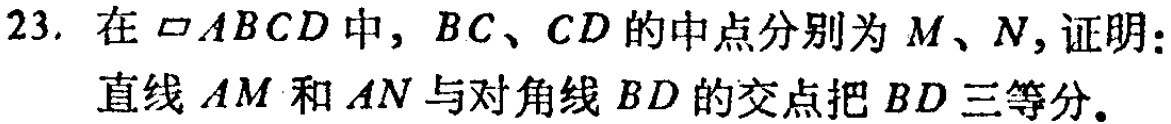
23. 在$\square ABCD$中，$BC$、$CD$的中点分别为$M$、$N$，证明：

直线$AM$和$AN$与对角线$BD$的交点把$BD$三等分。